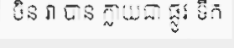
ចិន វា បាន ក្លាយជា ផ្លូវ ទឹក